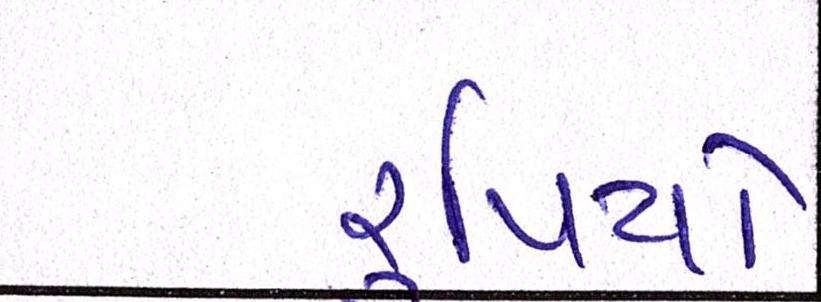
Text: રૃપિયો